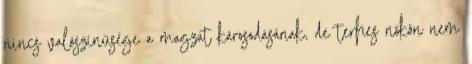
nincs valószínűsége a magzat károsodásának, de terhes nőkön nem